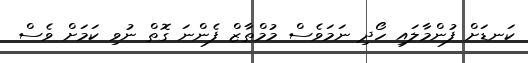
ކަނޑަށް ފުންމާލައި ހޯދި ނަމަވެސް މުމްތާޒް ފެންނަ ގޮތް ނުވި ކަމަށް ވެސް